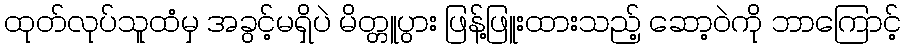
ထုတ်လုပ်သူထံမှ အခွင့်မရှိပဲ မိတ္တူပွား ဖြန့်ဖြူးထားသည့် ဆော့ဝဲကို ဘာကြောင့်